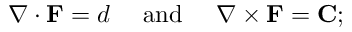
\nabla \cdot \mathbf { F } = d \quad { \mathrm { ~ a n d ~ } } \quad \nabla \times \mathbf { F } = \mathbf { C } ;